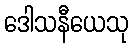
ဒေါသနီယေသု